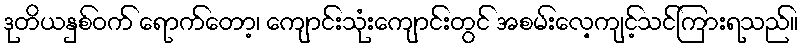
ဒုတိယနှစ်ဝက် ရောက်တော့၊ ကျောင်းသုံးကျောင်းတွင် အစမ်းလေ့ကျင့်သင်ကြားရသည်။